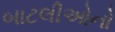
બાટલીઓનો